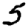
Digit: 5